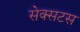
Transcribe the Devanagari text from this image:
सेक्सटस